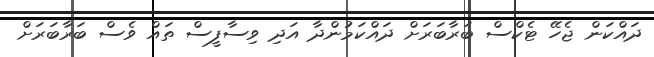
ދައްކަން ޖެހޭ ޓެކްސް ބަރާބަރަށް ދައްކަމުންދާ އަދި ވިސާފީސް ތައް ވެސް ބަރާބަރަށް